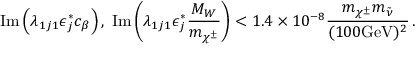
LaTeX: \mathrm { I m } \left( \lambda _ { 1 j 1 } \epsilon _ { j } ^ { * } c _ { \beta } \right) , \; \mathrm { I m } \left( \lambda _ { 1 j 1 } \epsilon _ { j } ^ { * } { \frac { M _ { W } } { m _ { \chi ^ { \pm } } } } \right) < 1 . 4 \times 1 0 ^ { - 8 } { \frac { m _ { \chi ^ { \pm } } m _ { \tilde { \nu } } } { ( 1 0 0 \mathrm { G e V } ) ^ { 2 } } } \, .